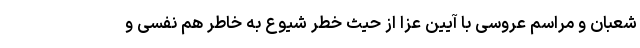
شعبان و مراسم عروسی با آیین عزا از حیث خطر شیوع به خاطر هم نفسی و